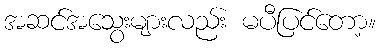
အဆင်အသွေးများလည်း မပီပြင်တော့။